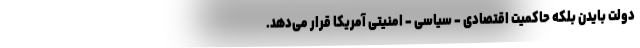
دولتِ بایدن بلکه حاکمیتِ اقتصادی - سیاسی - امنیتی آمریکا قرار می‌دهد.